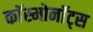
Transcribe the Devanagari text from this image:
काॅस्मोनाॅट्स